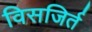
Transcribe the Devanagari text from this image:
विसजिर्त